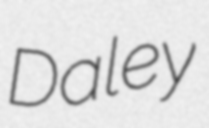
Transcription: Daley